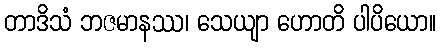
တာဒိသံ ဘဇမာနဿ၊ သေယျာ ဟောတိ ပါပိယော။